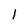
Character: 1